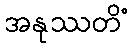
အနုဿတိံ